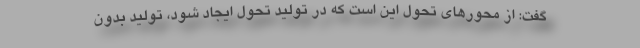
گفت: از محورهای تحول این است که در تولید تحول ایجاد شود، تولید بدون